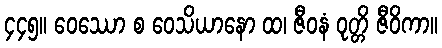
၄၄၅။ ဝေဿော စ ဝေသိယာနော ထ၊ ဇီဝနံ ဝုတ္တိ ဇီဝိကာ။